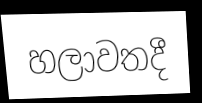
හලාවතදී